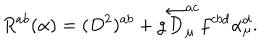
R ^ { a b } ( { \alpha } ) = ( D ^ { 2 } ) ^ { a b } + g \overleftarrow { D } _ { \mu } ^ { a c } f ^ { c b d } \alpha _ { \mu } ^ { d } .